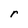
Character: r